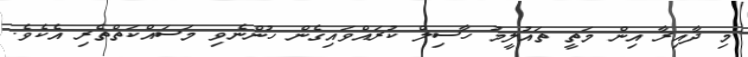
މި ދާއިރާ އިން މަތީ ތައުލީމު ހާސިލް ކުރައްވައިގެން ހުންނެވި މަސައްކަތްތެރި އެކެވެ.